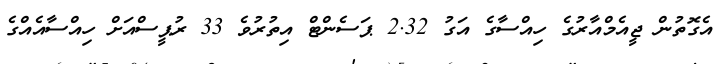
އެގޮތުން ޖީއެމްއާރުގެ ހިއްސާގެ އަގު 2.32 ޕަސެންޓް އިތުރުވެ 33 ރުޕީސްއަށް ހިއްސާއެއްގެ